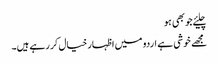
چلیئے جو بھی ہو
مجھے خوشی ہے اردو میں اظہار خیال کر رہے ہیں۔